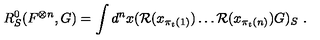
R _ { S } ^ { 0 } ( F ^ { \otimes n } , G ) = \int d ^ { n } x ( { \mathcal R } ( x _ { \pi _ { t } ( 1 ) } ) \ldots { \mathcal R } ( x _ { \pi _ { t } ( n ) } ) G ) _ { S } \ .